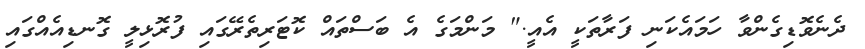
ދެނެވޮޑިގެންވާ ހަމައެކަނި ފަރާތަކީ އެއީ." މަންމަގެ އެ ބަސްތައް ކޮޓަރިތެރޭގައި ފުރޮޅިލީ ގޮނޑިއެއްގައި